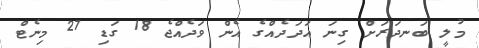
މުލީ ބަނދަރަށް ގިނަ އަދަދެއްގެ އެން ވަދެއްޖެ 18 ގަޑި 27 މިނެޓް